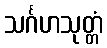
သင်္ဂဟသုတ္တံ